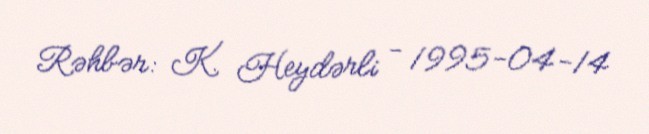
Rəhbər: K. Heydərli - 1995-04-14